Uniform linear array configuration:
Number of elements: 16
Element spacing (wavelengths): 0.75
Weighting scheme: binomial
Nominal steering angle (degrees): -60
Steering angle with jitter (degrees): -58.037
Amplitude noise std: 0.05
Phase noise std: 0.05

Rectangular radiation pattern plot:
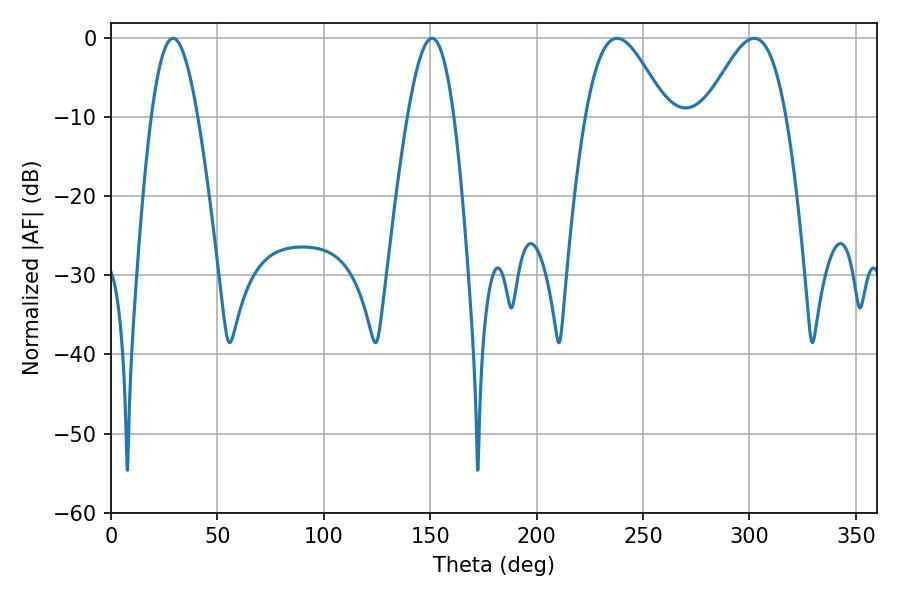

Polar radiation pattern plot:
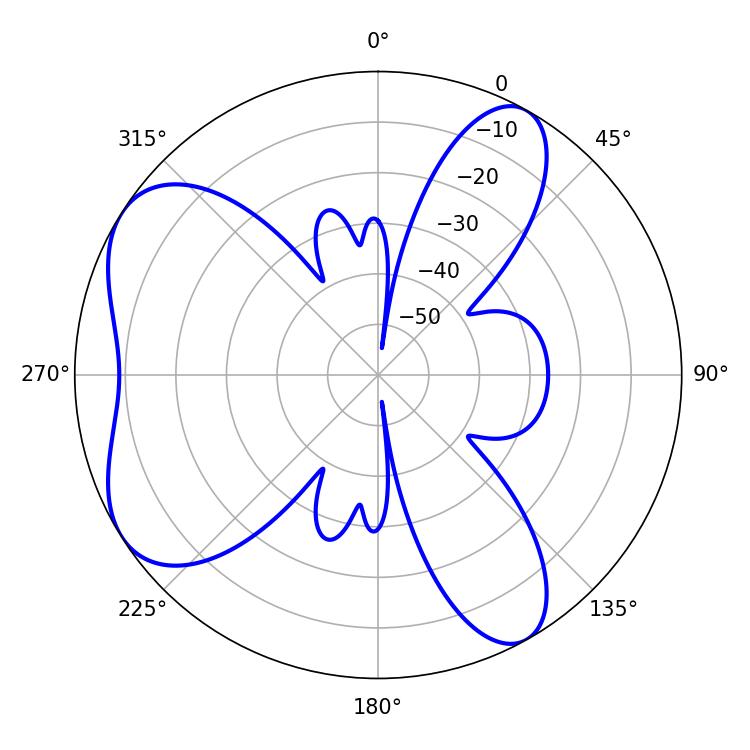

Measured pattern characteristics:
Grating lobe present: TRUE
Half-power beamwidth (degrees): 20.34
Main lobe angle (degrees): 237.78